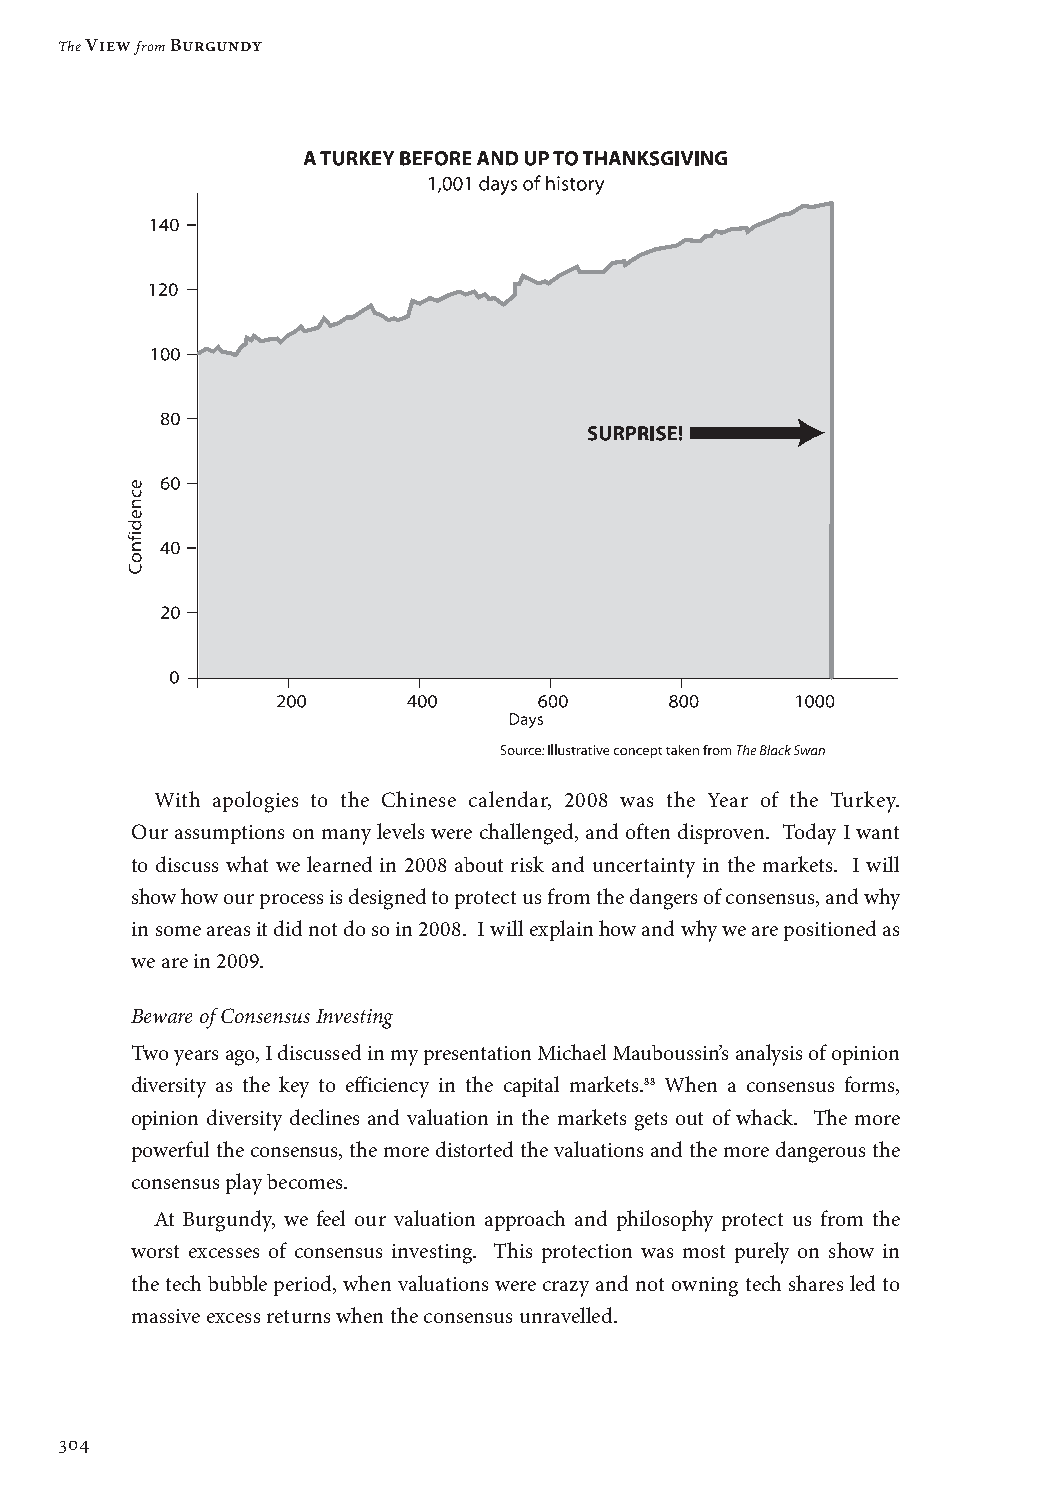
The View from Burgundy
 With apologies to the Chinese calendar, 2008 was the Year of the Turkey.
 Our assumptions on many levels were challenged, and often disproven. Today I want
 to discuss what we learned in 2008 about risk and uncertainty in the markets. I will
 show how our process is designed to protect us from the dangers of consensus, and why
 in some areas it did not do so in 2008. I will explain how and why we are positioned as
 we are in 2009.
 Beware of Consensus Investing
 Two years ago, I discussed in my presentation Michael Mauboussin’s analysis of opinion
 diversity as the key to efficiency in the capital markets.88 When a consensus forms,
 opinion diversity declines and valuation in the markets gets out of whack. The more
 powerful the consensus, the more distorted the valuations and the more dangerous the
 consensus play becomes.
 At Burgundy, we feel our valuation approach and philosophy protect us from the
 worst excesses of consensus investing. This protection was most purely on show in
 the tech bubble period, when valuations were crazy and not owning tech shares led to
 massive excess returns when the consensus unravelled.
 304